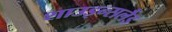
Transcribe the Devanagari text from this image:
शाउइन्सलैंड